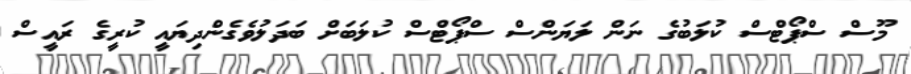
މޫސް ސްޕޯޓްސް ކުލަބުގެ ނަން ލަޔަންސް ސްޕޯޓްސް ކުލަބަށް ބަދަލުވެގެންދިޔައީ ކުރީގެ ރައީސް